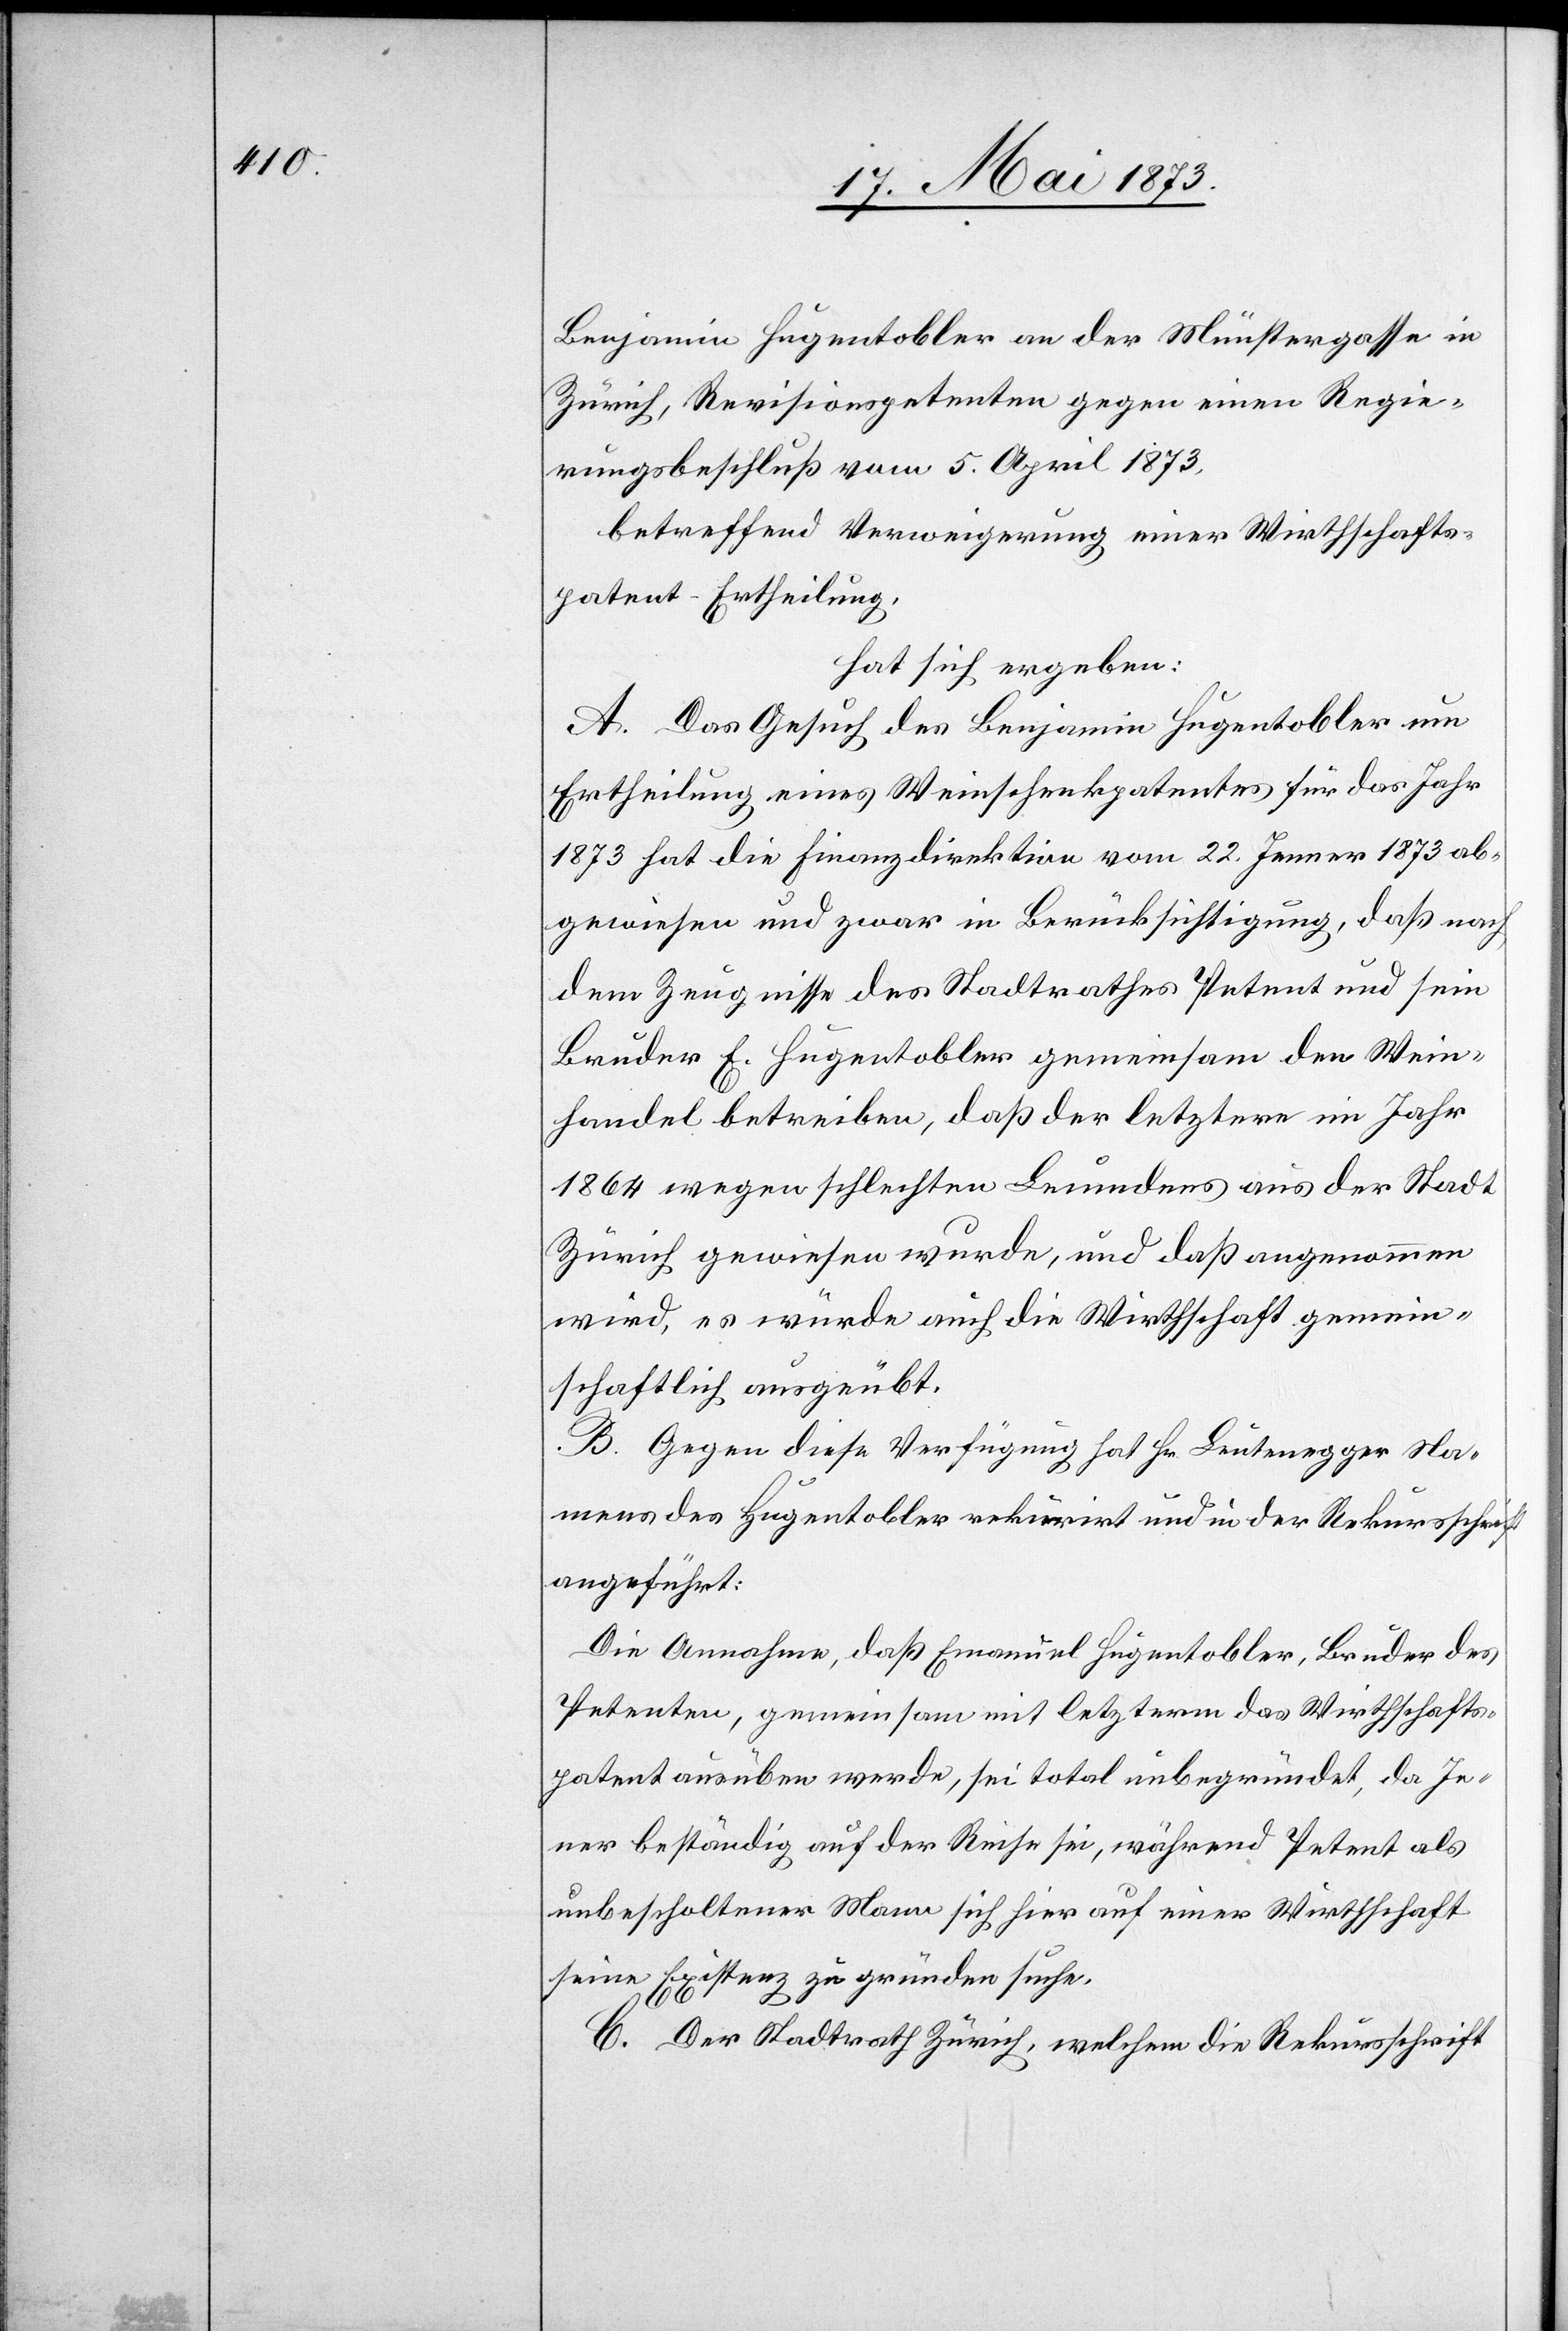
Benjamin Hugentobler an der Münstergasse in
Zürich, Revisionspetenten gegen einen Regie¬
rungsbeschluß vom 5. April 1873,
betreffend Verweigerung einer Wirthschafts¬
patent-Ertheilung,
hat sich ergeben:
A. Das Gesuch des Benjamin Hugentobler um
Ertheilung eines Weinschenkpatentes für das Jahr
1873 hat die Finanzdirektion vom 22. Jenner 1873 ab¬
gewiesen und zwar in Berücksichtigung, daß nach
dem Zeugnisse des Stadtrathes Petent und sein
Bruder E. Hugentobler gemeinsam den Wein¬
handel betreiben, daß der letztere im Jahr
1864 wegen schlechten Leumdens aus der Stadt
Zürich gewiesen wurde, und daß angenommen
wird, es würde auch die Wirthschaft gemein¬
schaftlich ausgeübt.
B. Gegen diese Verfügung hat Hr. Leutenegger Na¬
mens des Hugentobler rekurirt und in der Rekursschrift
angeführt:
Die Annahme, daß Emanuel Hugentobler, Bruder des
Petenten, gemeinsam mit letzterm das Wirthschafts¬
patent ausüben werde, sei total unbegründet, da Je¬
ner beständig auf der Reise sei, während Petent als
unbescholtener Mann sich hier auf einer Wirthschaft
seine Existenz zu gründen suche.
C. Der Stadtrath Zürich, welchem die Rekursschrift